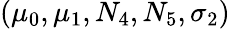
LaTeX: (\mu_{0},\mu_{1},N_{4},N_{5},\sigma_{2})